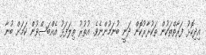
އިދިކޮޅު ފަރާތްތަކުން ތަކުރާރުކޮން ދަނީ ބުނަމުންނެވެ. އުތުރު ތިލަފަޅު އެއްބަސްވުން ކަމަށް ބުނާ